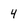
Character: 4